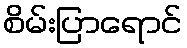
စိမ်းပြာရောင်